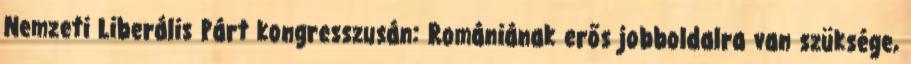
Nemzeti Liberális Párt kongresszusán: Romániának erős jobboldalra van szüksége,